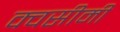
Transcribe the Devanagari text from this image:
क्वसीमी